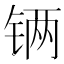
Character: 𲇾